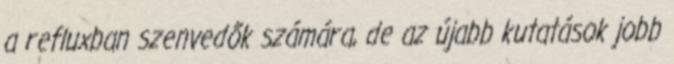
a refluxban szenvedők számára, de az újabb kutatások jobb